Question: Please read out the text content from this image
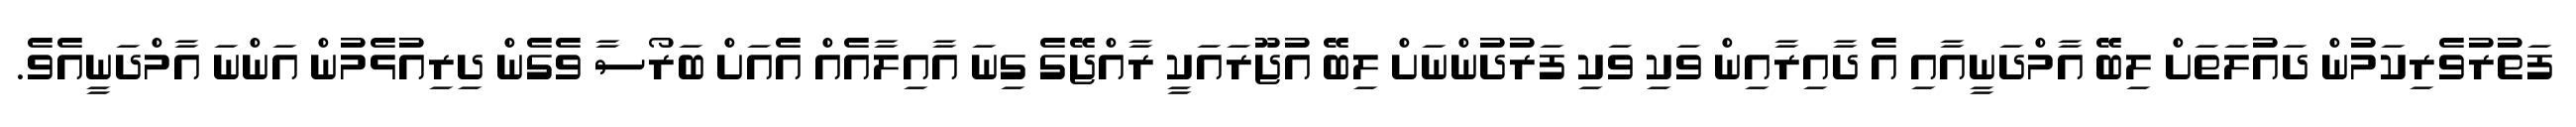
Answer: ފަތުރުވެރިކަމުން ދައުލަތަށް ލިބޭ އާމްދަނީއާއި އެ ދާއިރާއިން ވަކި ވަކި ފަރުދުންނަށް ލިބޭ އުޖޫރައަކީ ރާއްޖޭގެ ގިނަ އާއިލާއެއް އެއަށް ބަރޯސާ ވެގެން ދިރިއުޅެމުން އަންނަ އާމްދަނީއެވެ.